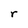
Character: r